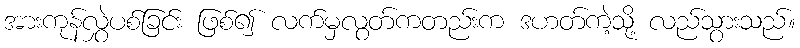
အားကုန်လွှဲပစ်ခြင်း ဖြစ်၍ လက်မှလွတ်ကတည်းက ဒဟတ်ကဲ့သို့ လည်သွားသည်။